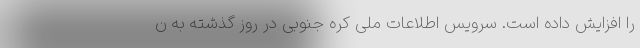
را افزایش داده است. سرویس اطلاعات ملی کره جنوبی در روز گذشته به ن